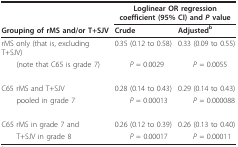
<table><thead><tr><td></td><td colspan="2"><b>Loglinear OR regression coefficient (95% CI) and <i>P </i>value</b></td></tr><tr><td><b>Grouping of rMS and/or T+SJV</b></td><td><b>Crude</b></td><td><b>Adjusted<sup>b</sup></b></td></tr></thead><tbody><tr><td>rMS only (that is, excluding T+SJV)</td><td>0.35 (0.12 to 0.58)</td><td>0.33 (0.09 to 0.55)</td></tr><tr><td> (note that C65 is grade 7)</td><td> <i>P </i>= 0.0029</td><td> <i>P </i>= 0.0055</td></tr><tr><td>C65 rMS and T+SJV</td><td>0.28 (0.14 to 0.43)</td><td>0.29 (0.14 to 0.43)</td></tr><tr><td> pooled in grade 7</td><td> <i>P </i>= 0.00013</td><td> <i>P </i>= 0.000088</td></tr><tr><td>C65 rMS in grade 7 and</td><td>0.26 (0.12 to 0.39)</td><td>0.26 (0.13 to 0.40)</td></tr><tr><td> T+SJV in grade 8</td><td> <i>P </i>= 0.00017</td><td> <i>P </i>= 0.00011</td></tr></tbody></table>